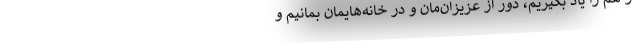
از هم را یاد بگیریم، دور از عزیزان‌مان و در خانه‌هایمان بمانیم و